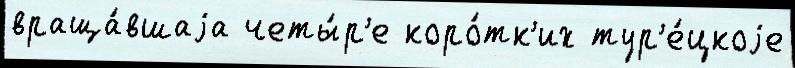
враща́вшаjа четы́р'е коро́тк'их тур'е́цкоjе